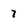
Character: 7